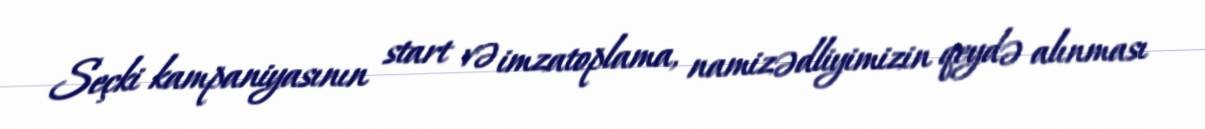
Seçki kampaniyasının start və imzatoplama, namizədliyimizin qeydə alınması